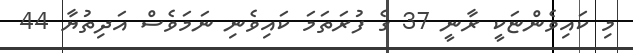
މި ކައިވެންޏަކީ ރާނީ 37 ގެ ފުރަތަމަ ކައިވެނި ނަމަވެސް އަދިތުޔާ 44